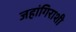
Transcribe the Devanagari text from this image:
जहांगिराशी